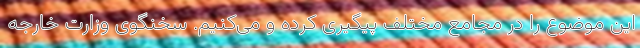
این موضوع را در مجامع مختلف پیگیری کرده و می‌کنیم. سخنگوی وزارت خارجه